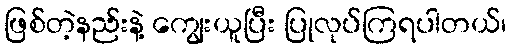
ဖြစ်တဲ့နည်းနဲ့ ကျွေးယူပြီး ပြုလုပ်ကြရပါတယ်၊